Insane asylums in Bengal annual reports 1867-1875 - 1867-1875
Year: 1867
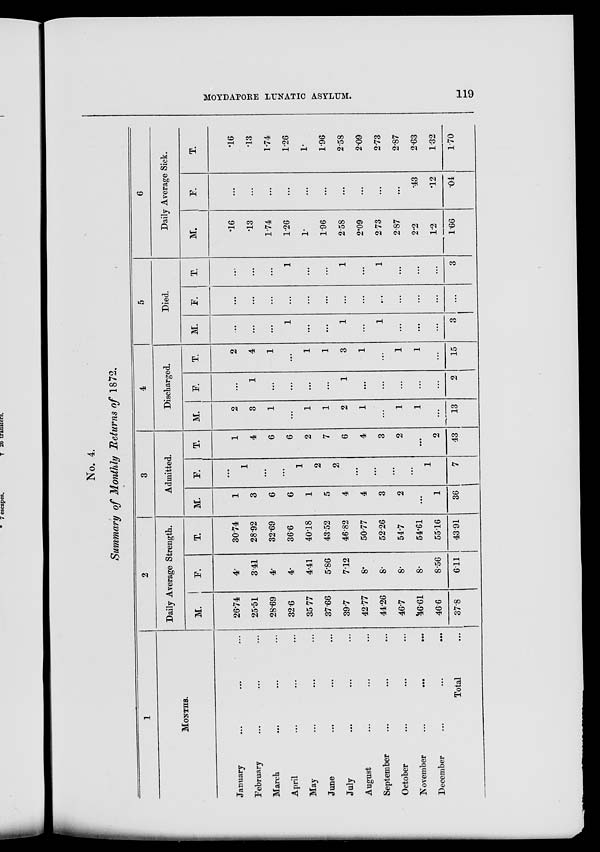
MOYDAPORE LUNATIC ASYLUM.
119
No. 4.
Summary of Monthly Returns of 1872.
1
MONTHS.
January ... ... ...
February ... ... ...
March ... ... ...
April ... ... ...
May ... ... ...
June ... ... ...
July ... ... ...
August ... ... ...
September ... ... ...
October ... ... ...
November
...
...
...
December ... ... ...
Total ...
2
Daily Average Strength.
M.
26.74
25.51
28.69
32.6
35.77
37.66
39.7
42.77
44.26
46.7
46.61
46.6
37.8
F.
4.
3.41
4.
4.
4.41
5.86
7.12
8.
8.
8.
8.
8.56
6.11
T.
30.74
28.92
32.69
36.6
40.18
43.52
46.82
50.77
52.26
54.7
54.61
55.16
43.91
3
Admitted.
M.
1
3
6
6
1
5
4
4
3
2
...
1
36
F.
...
1
...
...
1
2
2
...
...
...
...
1
7
T.
1
4
6
6
2
7
6
4
3
2
...
2
43
4
Discharged.
M.
2
3
1
...
1
1
2
1
...
1
1
...
13
F.
...
1
...
...
...
...
1
...
...
...
...
...
2
T.
2
4
1
...
1
1
3
1
...
1
1
...
15
5
Died.
M.
...
...
...
1
...
...
1
...
1
...
...
...
3
F.
...
...
...
...
...
...
...
...
...
...
...
...
...
T.
...
...
...
1
...
...
1
...
1
...
...
...
3
6
Daily Average Sick.
M.
.16
.13
1.74
1.26
1.
1.96
2.58
2.09
2.73
2.87
2.2
1.2
1.66
F.
...
...
...
...
...
...
...
...
...
...
.43
.12
.04
T.
.16
.13
1.74
1.26
1.
1.96
2.58
2.09
2.73
2.87
2.63
1.32
1.70